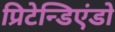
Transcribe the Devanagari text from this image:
प्रिटेन्डिएंडो